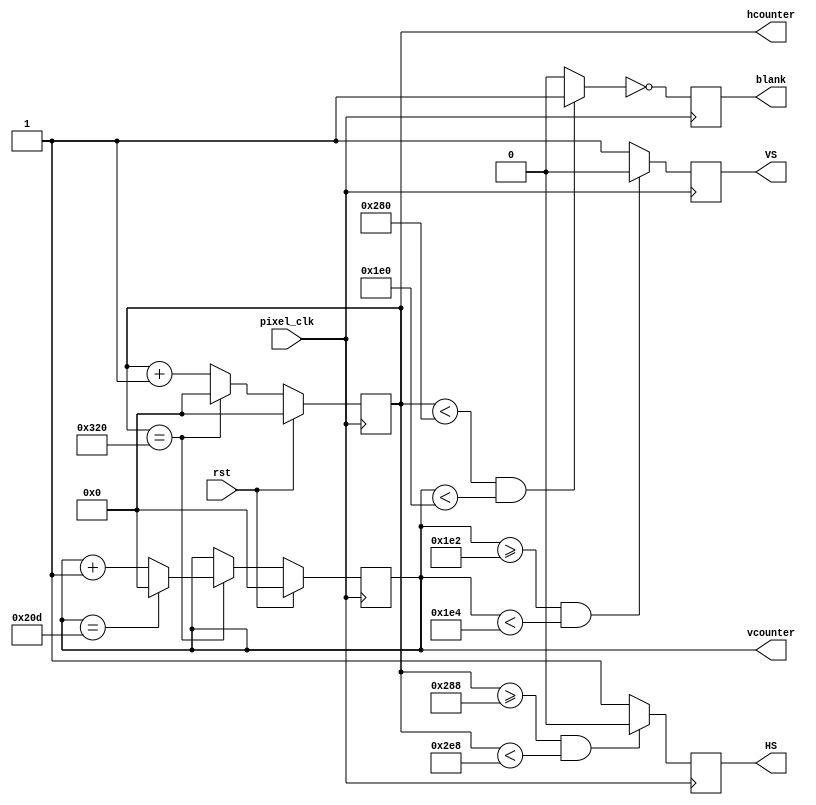
`timescale 1ns / 1ps
//////////////////////////////////////////////////////////////////////////////////
// Company: Boston University
// 
// Design Name: EC311/EC551 Support Files
// Module Name:    vga_controller_640_60 
// Project Name: N/A
// Target Devices: Spartan 6 Family
// Tool versions: XILINX ISE 1x.x
// Description: 
//
// Dependencies: none
//
// Revision: 
// Revision 0.01 - File Created
// Additional Comments: 
//
//////////////////////////////////////////////////////////////////////////////////
module vga_controller_640_60 (rst,pixel_clk,HS,VS,hcounter,vcounter,blank);

	input rst, pixel_clk;	// global reset, pixel clock
	output reg HS, VS, blank;	// sync controls, blank indicator
	output reg [10:0] hcounter, vcounter;	// pixel coordinates

	parameter HMAX = 800; 	// maxium value for the horizontal pixel counter
	parameter VMAX = 525; 	// maxium value for the vertical pixel counter
	parameter HLINES = 640;	// total number of visible columns
	parameter HFP = 648; 	// value for the horizontal counter where front porch ends
	parameter HSP = 744; 	// value for the horizontal counter where the synch pulse ends
	parameter VLINES = 480;	// total number of visible lines
	parameter VFP = 482; 	// value for the vertical counter where the frone proch ends
	parameter VSP = 484; 	// value for the vertical counter where the synch pulse ends
	parameter SPP = 0;		// value for the porch synchronization pulse

	wire video_enable;	// valid region indicator
	
	// create a "blank" indicator
	always@(posedge pixel_clk)begin
		blank <= ~video_enable; 
	end
	
	// Create a horizontal beam trace (horizontal time):
	always@(posedge pixel_clk)begin
		if(rst == 1) hcounter <= 0;
		else if (hcounter == HMAX) hcounter <= 0;
		else hcounter <= hcounter + 1'b1;
	end
	
	// Create a vertical beam trace (vertical time):
	always@(posedge pixel_clk)begin
		if(rst == 1) vcounter <=0;
		else if(hcounter == HMAX) begin
			if(vcounter == VMAX) vcounter <= 0;
			else vcounter <= vcounter + 1'b1; 
		end
	end
	
	// Check if between horizontal porches,
	// if not send horizontal porch synchronization pulse
	always@(posedge pixel_clk)begin
		if(hcounter >= HFP && hcounter < HSP) HS <= SPP;
		else HS <= ~SPP; 
	end
	
	// Check if between vertical porches,
	// if not send vertical porch synchronization pulse
	always@(posedge pixel_clk)begin
		if(vcounter >= VFP && vcounter < VSP) VS <= SPP;
		else VS <= ~SPP; 
	end
	
	// create a video enabled region
	assign video_enable = (hcounter < HLINES && vcounter < VLINES) ? 1'b1 : 1'b0;

endmodule